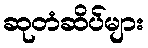
ဆုတံဆိပ်များ